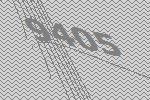
9405